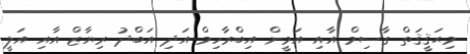
މިޙަޤީޤަތް ގާސިމް އާއި އަމީން އިބްރާހިމް އަދި އަބްދު ރިޔާޒް އާއި އަލީ